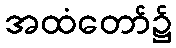
အထံတော်၌